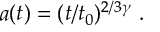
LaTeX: a ( t ) = ( t / t _ { 0 } ) ^ { 2 / 3 \gamma } ~ .